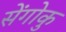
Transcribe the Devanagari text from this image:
सेंगोकु